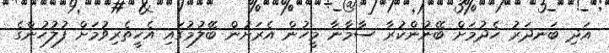
އަދި ބަނދަރު ހެދުމަށް ބޭނުންކުރާ ސާމާނާ މީހުން އެރަށުން ބޭލުމުގައި އެހީތެރިވުމަށް ފުލުހުންގެ